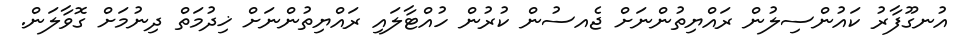
އުނގޫފާރު ކައުންސިލުން ރައްޔިތުންނަށް ޖެއސުން ކުރުން ހުއްޓާލައި ރައްޔިތުންނަށް ޚިދުމަތް ދިނުމަށް ގޮވާލަން.